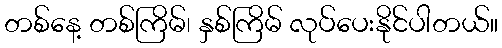
တစ်နေ့ တစ်ကြိမ်၊ နှစ်ကြိမ် လုပ်ပေးနိုင်ပါတယ်။